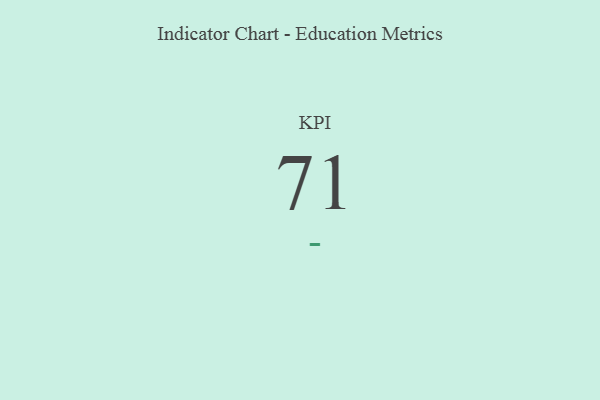
{"axis": {"x": "KPI", "y": "Value"}, "legend": [""], "data": [{"x": "KPI", "y": 71, "type": ""}]}